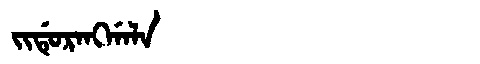
Manchu: ᠵᡳᡩᡠᡵᠠᠩᡤᠠᠯᠠ
Romanization: JIDURANGGALA